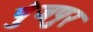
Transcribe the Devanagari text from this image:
पुंजपुर